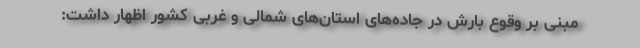
مبنی بر وقوع بارش در جاده‌های استان‌های شمالی و غربی کشور اظهار داشت: